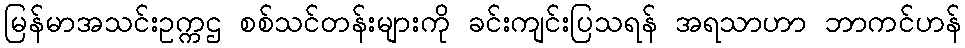
မြန်မာအသင်းဥက္ကဌ စစ်သင်တန်းများကို ခင်းကျင်းပြသရန် အရသာဟာ ဘာကင်ဟန်